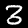
Label: 3